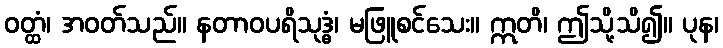
ဝတ္ထံ၊ အဝတ်သည်။ နတာဝပရိသုဒ္ဓံ၊ မဖြူစင်သေး။ ဣတိ၊ ဤသို့သိ၍။ ပုန၊